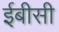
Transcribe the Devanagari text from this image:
ईबीसी